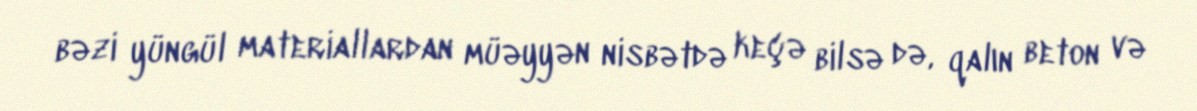
bəzi yüngül materiallardan müəyyən nisbətdə keçə bilsə də, qalın beton və